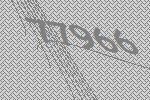
77966